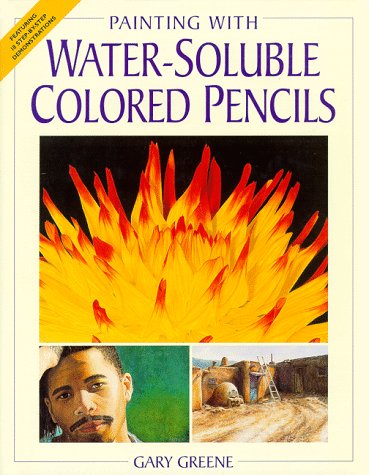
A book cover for Painting With Water-Soluble Colored Pencils; Gary Greene; Arts & Photography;